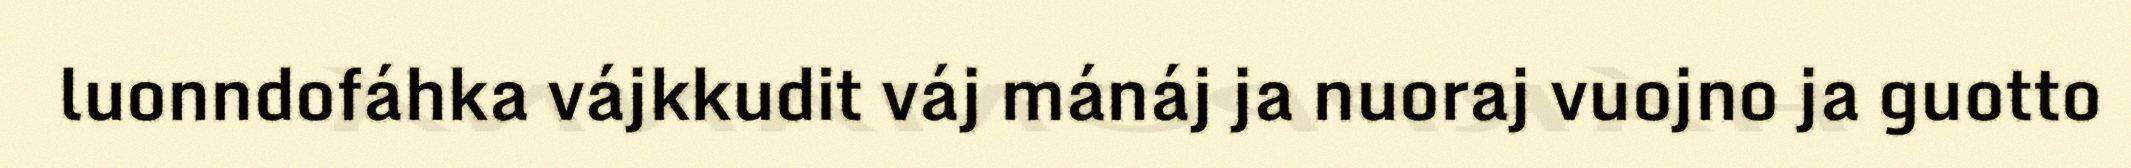
luonndofáhka vájkkudit váj mánáj ja nuoraj vuojno ja guotto